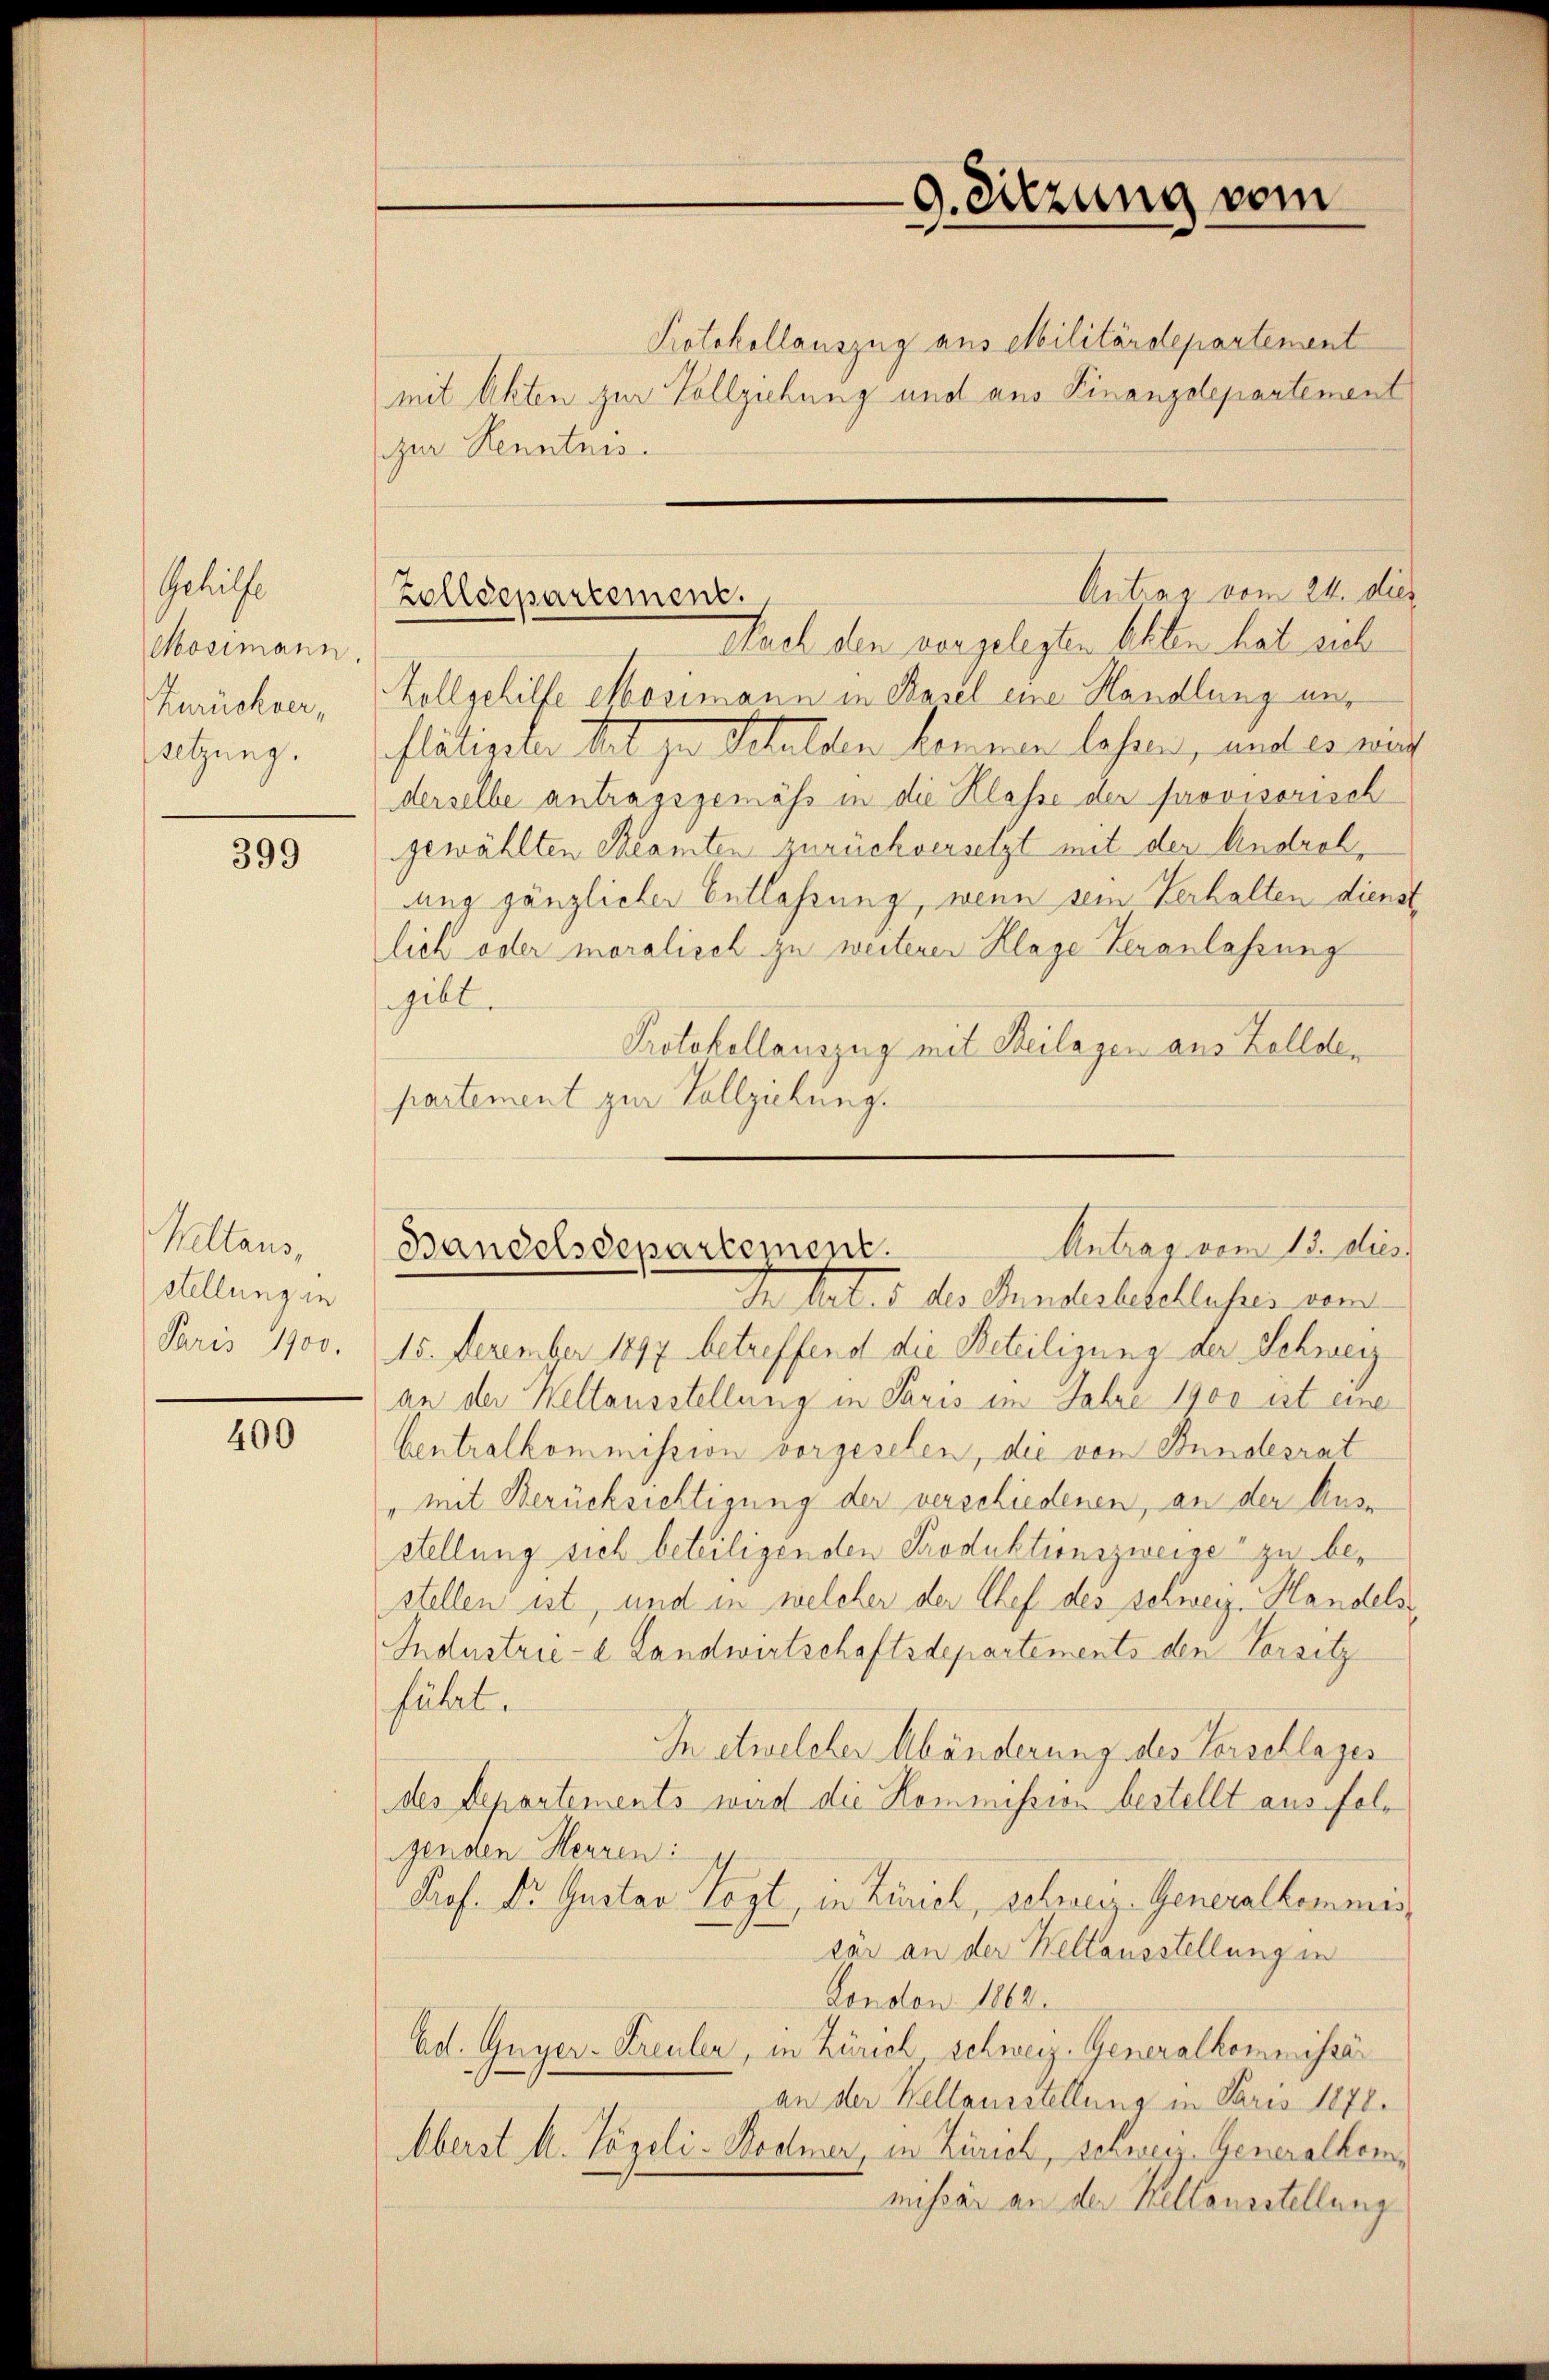
Gehilfe
Mosimann.
Zurückver,
setzung.

399

Weltans,
Stellung in
Paris 1900.

400

Protokollauszug aus Militärdepartement
mit Akten zur Vollziehung und aus Finanzdepartement
zur Kenntnis.
Nach den vorgelegten beiten hat sich
Zollgehilfe Mosimann in Basel eine Handlung unflätigeter tat zu Schulden hemmen lasen, und es mit
derselbe antragsgemäss in die Klasse der provisorisch
gewählten Beamten zurückversetzt mit der Andrelung gänzlicher Entlassung, wenn sein Verhalten dienst
lich oder moralisch zu weiterer Klage Veranlassung
gibt.
Protokollauszug mit Beilagen aus Zollder
partement zur Vollziehung.
In Art. 5 des Hundesbeschlusses vom
15. Dezember 1897 betreffend die Beteiligung der Schweiz
an der Keltausstellung in Paris im Jahre 1900 ist eine
Centralkommission vorgesehen, die von Bundesrat
" mit Berücksichtigung der verschiedenen, an der Aus-
stellung sich beteiligenden Produktionszweige zu bestellen ist, und in welcher der Chef des schweiz. Handels¬
Industrie-l Landwirtschaftsdepartements den Vorsitz
führt.
In etwelcher Abänderung des Verschlages
des Departements wird die Kommission bestellt aus folgenden Herren:
Prof. Dr Gustav Vogt, in Zürich, schweiz. Generalkommis
tar an der Weltausstellung in
London 1862.
Ad. Guyer-Kreuler, in Zürich schweiz. Generalkommissär
an der Keltausstellung in Paris 1878.
Oberst M. Vögeli-Bodmer, in Zürich, schweiz. Generalkommissär an der Kollausstellung

9. Sitzung vom

Antrag vom 24. dies
Zolldepartement.

Antrag vom 13. dies
Bandelsdepartement.